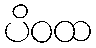
ပိဝထ